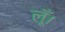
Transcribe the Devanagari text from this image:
लूँ।